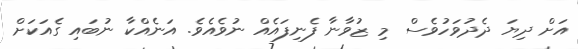
އަށް ދިޔަ ދެދުވަހުވެސް މި ޒުވާނާ ފެނިފައެއް ނުވެއެވެ. އަނެއްކާ ނުބައި ގެއަކަށް